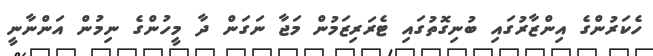
ހެކަރުންގެ އިންޒާރުގައި ބުނިގޮތުގައި ޓެރަރިޒަމުން މަޖާ ނަގަން ދާ މީހުންގެ ނިމުން އަންނާނީ